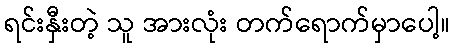
ရင်းနှီးတဲ့ သူ အားလုံး တက်ရောက်မှာပေါ့။